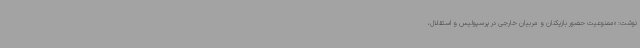
نوشت: «ممنوعیت حضور بازیکنان و مربیان خارجی در پرسپولیس و استقلال،